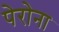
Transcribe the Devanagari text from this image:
पेरोना